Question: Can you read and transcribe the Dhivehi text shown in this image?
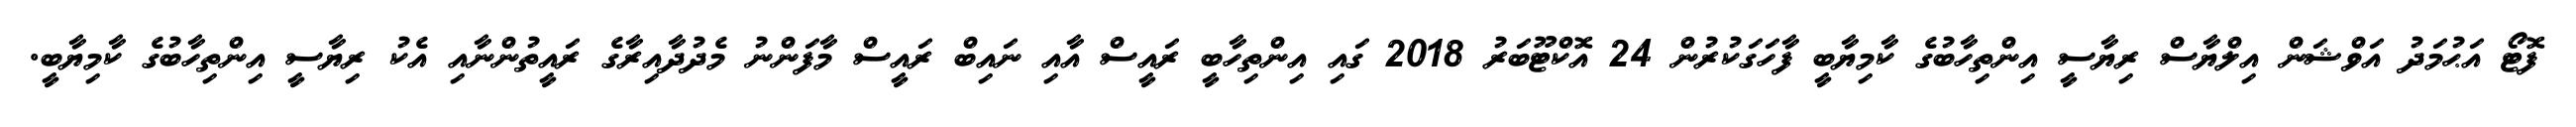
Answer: ފޮޓޯ އަޙުމަދު އަވްޝަން އިލްޔާސް ރިޔާސީ އިންތިހާބުގެ ކާމިޔާބީ ފާހަގަކުރުން 24 އޮކްޓޫބަރު 2018 ގައި އިންތިހާބީ ރައީސް އާއި ނައިބް ރައީސް މާފަންނު މެދުދާއިރާގެ ރައީތުންނާއި އެކު ރިޔާސީ އިންތިހާބުގެ ކާމިޔާބީ.